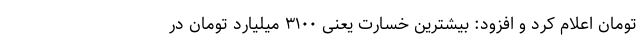
تومان اعلام کرد و افزود: بیشترین خسارت یعنی ۳۱۰۰ میلیارد تومان در